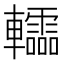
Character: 䡼